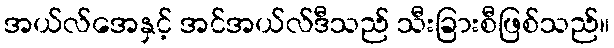
အယ်လ်အေနှင့် အင်အယ်လ်ဒီသည် သီးခြားစီဖြစ်သည်။